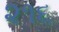
૨૧૬